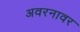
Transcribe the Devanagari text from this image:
अवरनावर